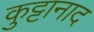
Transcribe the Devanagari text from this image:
कुट्टानाद